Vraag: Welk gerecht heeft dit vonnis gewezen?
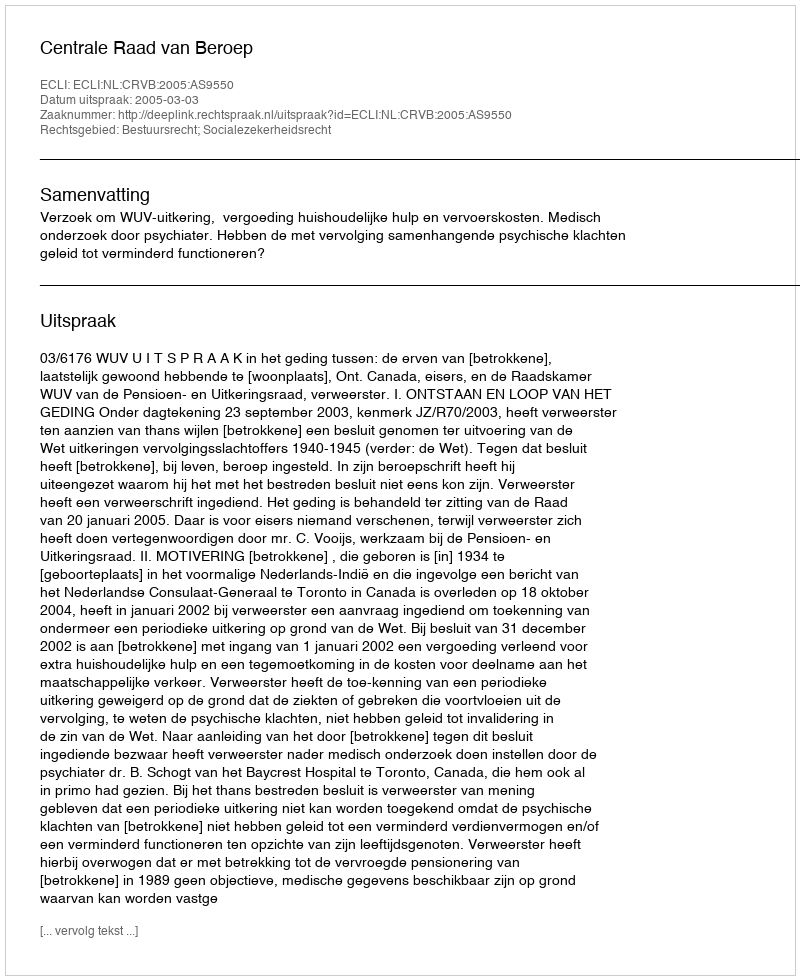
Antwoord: Centrale Raad van Beroep